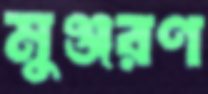
মুঞ্জরণ